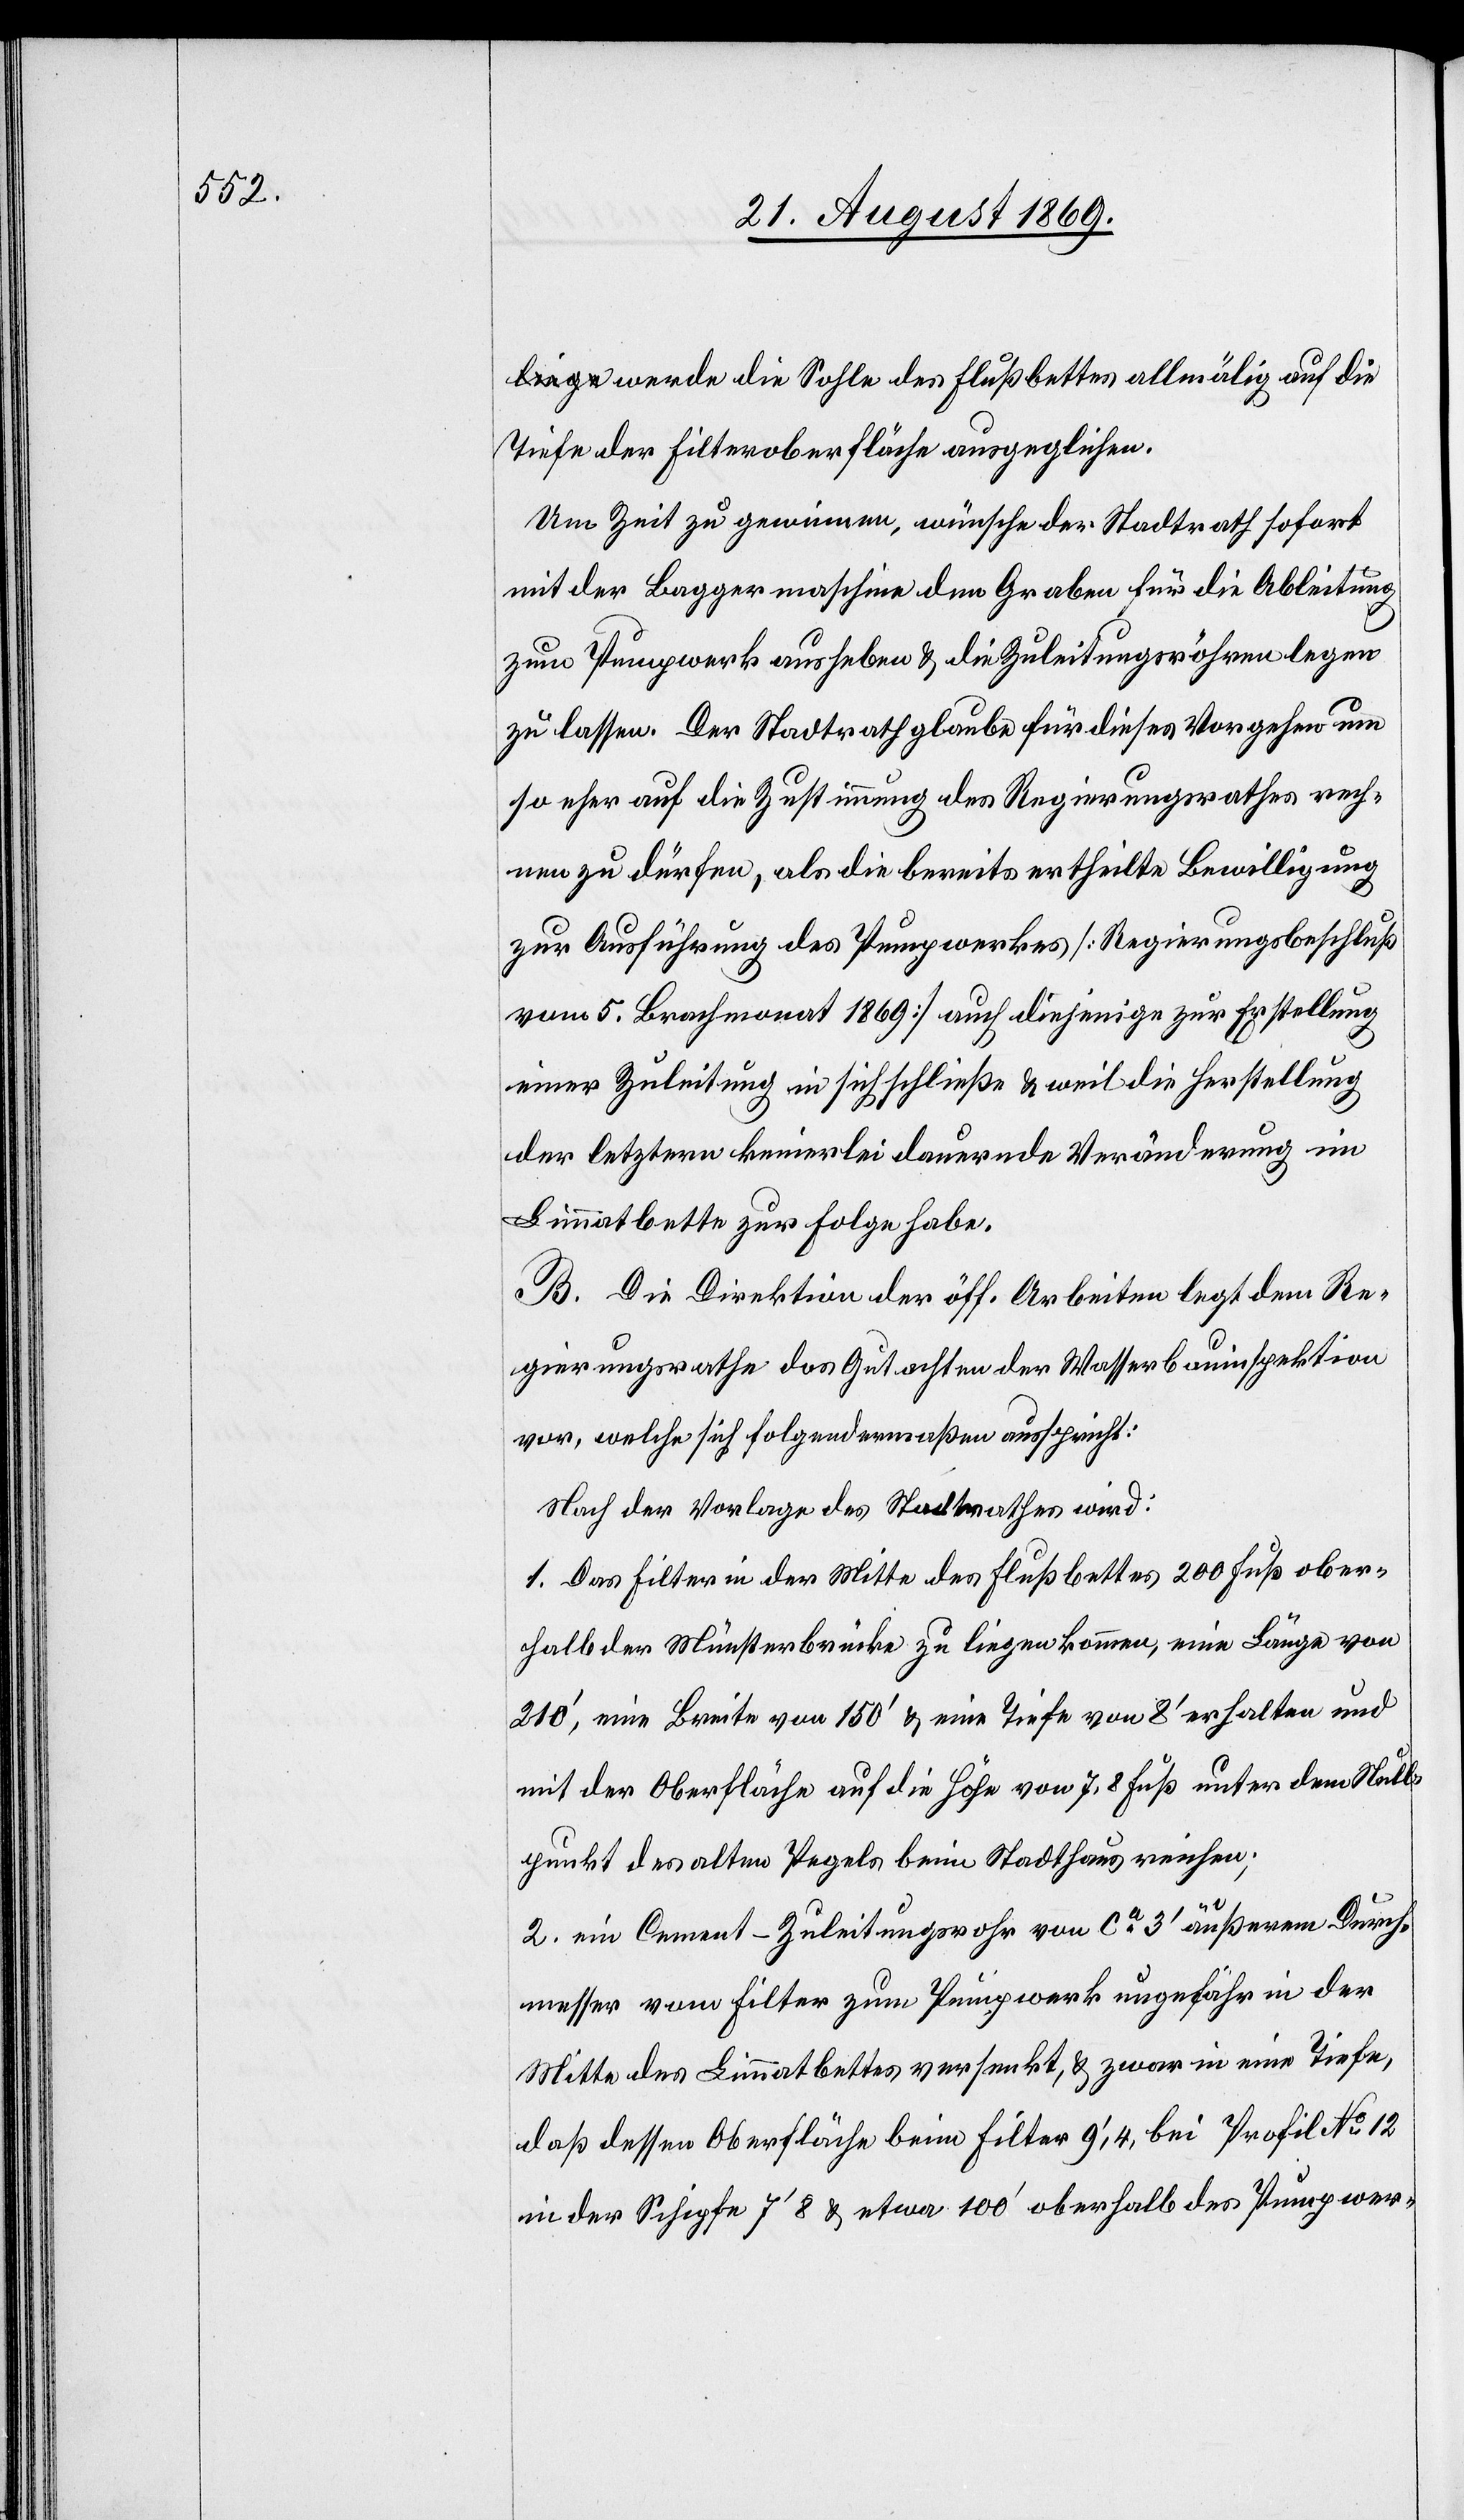
werde die Sohle des Flußbettes allmälig auf die
Tiefe der Filteroberfläche ausgeglichen.
Um Zeit zu gewinnen, wünsche der Stadtrath sofort
mit der Baggermaschine den Graben für die Ableitung
zum Pumpwerk ausheben & die Zuleitungsröhren legen
zu lassen. Der Stadtrath glaube für dieses Vorgehen um
so eher auf die Zustimmung des Regierungsrathes rech¬
nen zu dürfen, als die bereits ertheilte Bewilligung
zur Ausführung des Pumpwerkes [Regierungsbeschluß
vom 5. Brachmonat 1869] auch diejenige zur Erstellung
einer Zuleitung in sich schließe & weil die Herstellung
der letztern keinerlei dauernde Veränderung im
Limmatbette zur Folge habe.
B. Die Direktion der öff. Arbeiten legt dem Re¬
gierungsrathe das Gutachten der Wasserbauinspektion
vor, welche sich folgendermaßen ausspricht:
Nach der Vorlage des Stadtrathes wird:
1. Das Filter in der Mitte des Flußbettes 200 Fuß ober¬
halb der Münsterbrücke zu liegen kommen, eine Länge von
210‘, eine Breite von 150‘ & eine Tiefe von 8‘ erhalten und
mit der Oberfläche auf die Höhe von 7,8 Fuß unter dem Null¬
punkt des alten Pegels beim Stadthaus reichen;
2. ein Cement-Zuleitungsrohr von ca 3‘ äußerem Durch¬
messer vom Filter zum Pumpwerk ungefähr in der
Mitte des Limmatbettes versenkt, & zwar in eine Tiefe,
daß dessen Oberfläche beim Filter 9‘,4 bei Profil No 12
in der Schipfe 7‘ 8 & etwa 100‘ oberhalb des Pumpwer-